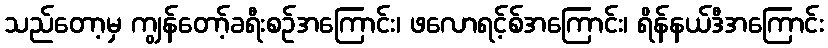
သည်တော့မှ ကျွန်တော့်ခရီးစဉ်အကြောင်း၊ ဖလောရင့်စ်အကြောင်း၊ ရိန်နယ်ဒီအကြောင်း